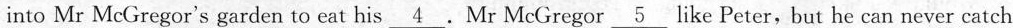
into Mr McGregor's garden to eat his \underline{4} .Mr McGregor \underline{5} like Peter,but he can never catch